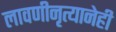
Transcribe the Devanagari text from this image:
लावणीनृत्यानेही